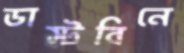
ডাস্টবিনে